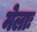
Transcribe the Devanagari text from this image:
मेलाः